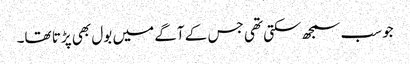
جوسب سمجھ سکتی تھی جس کے آگے میں بول بھی پڑتا تھا۔